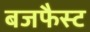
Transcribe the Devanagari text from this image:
बजफैस्ट